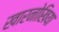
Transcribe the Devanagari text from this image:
खारनोखिया